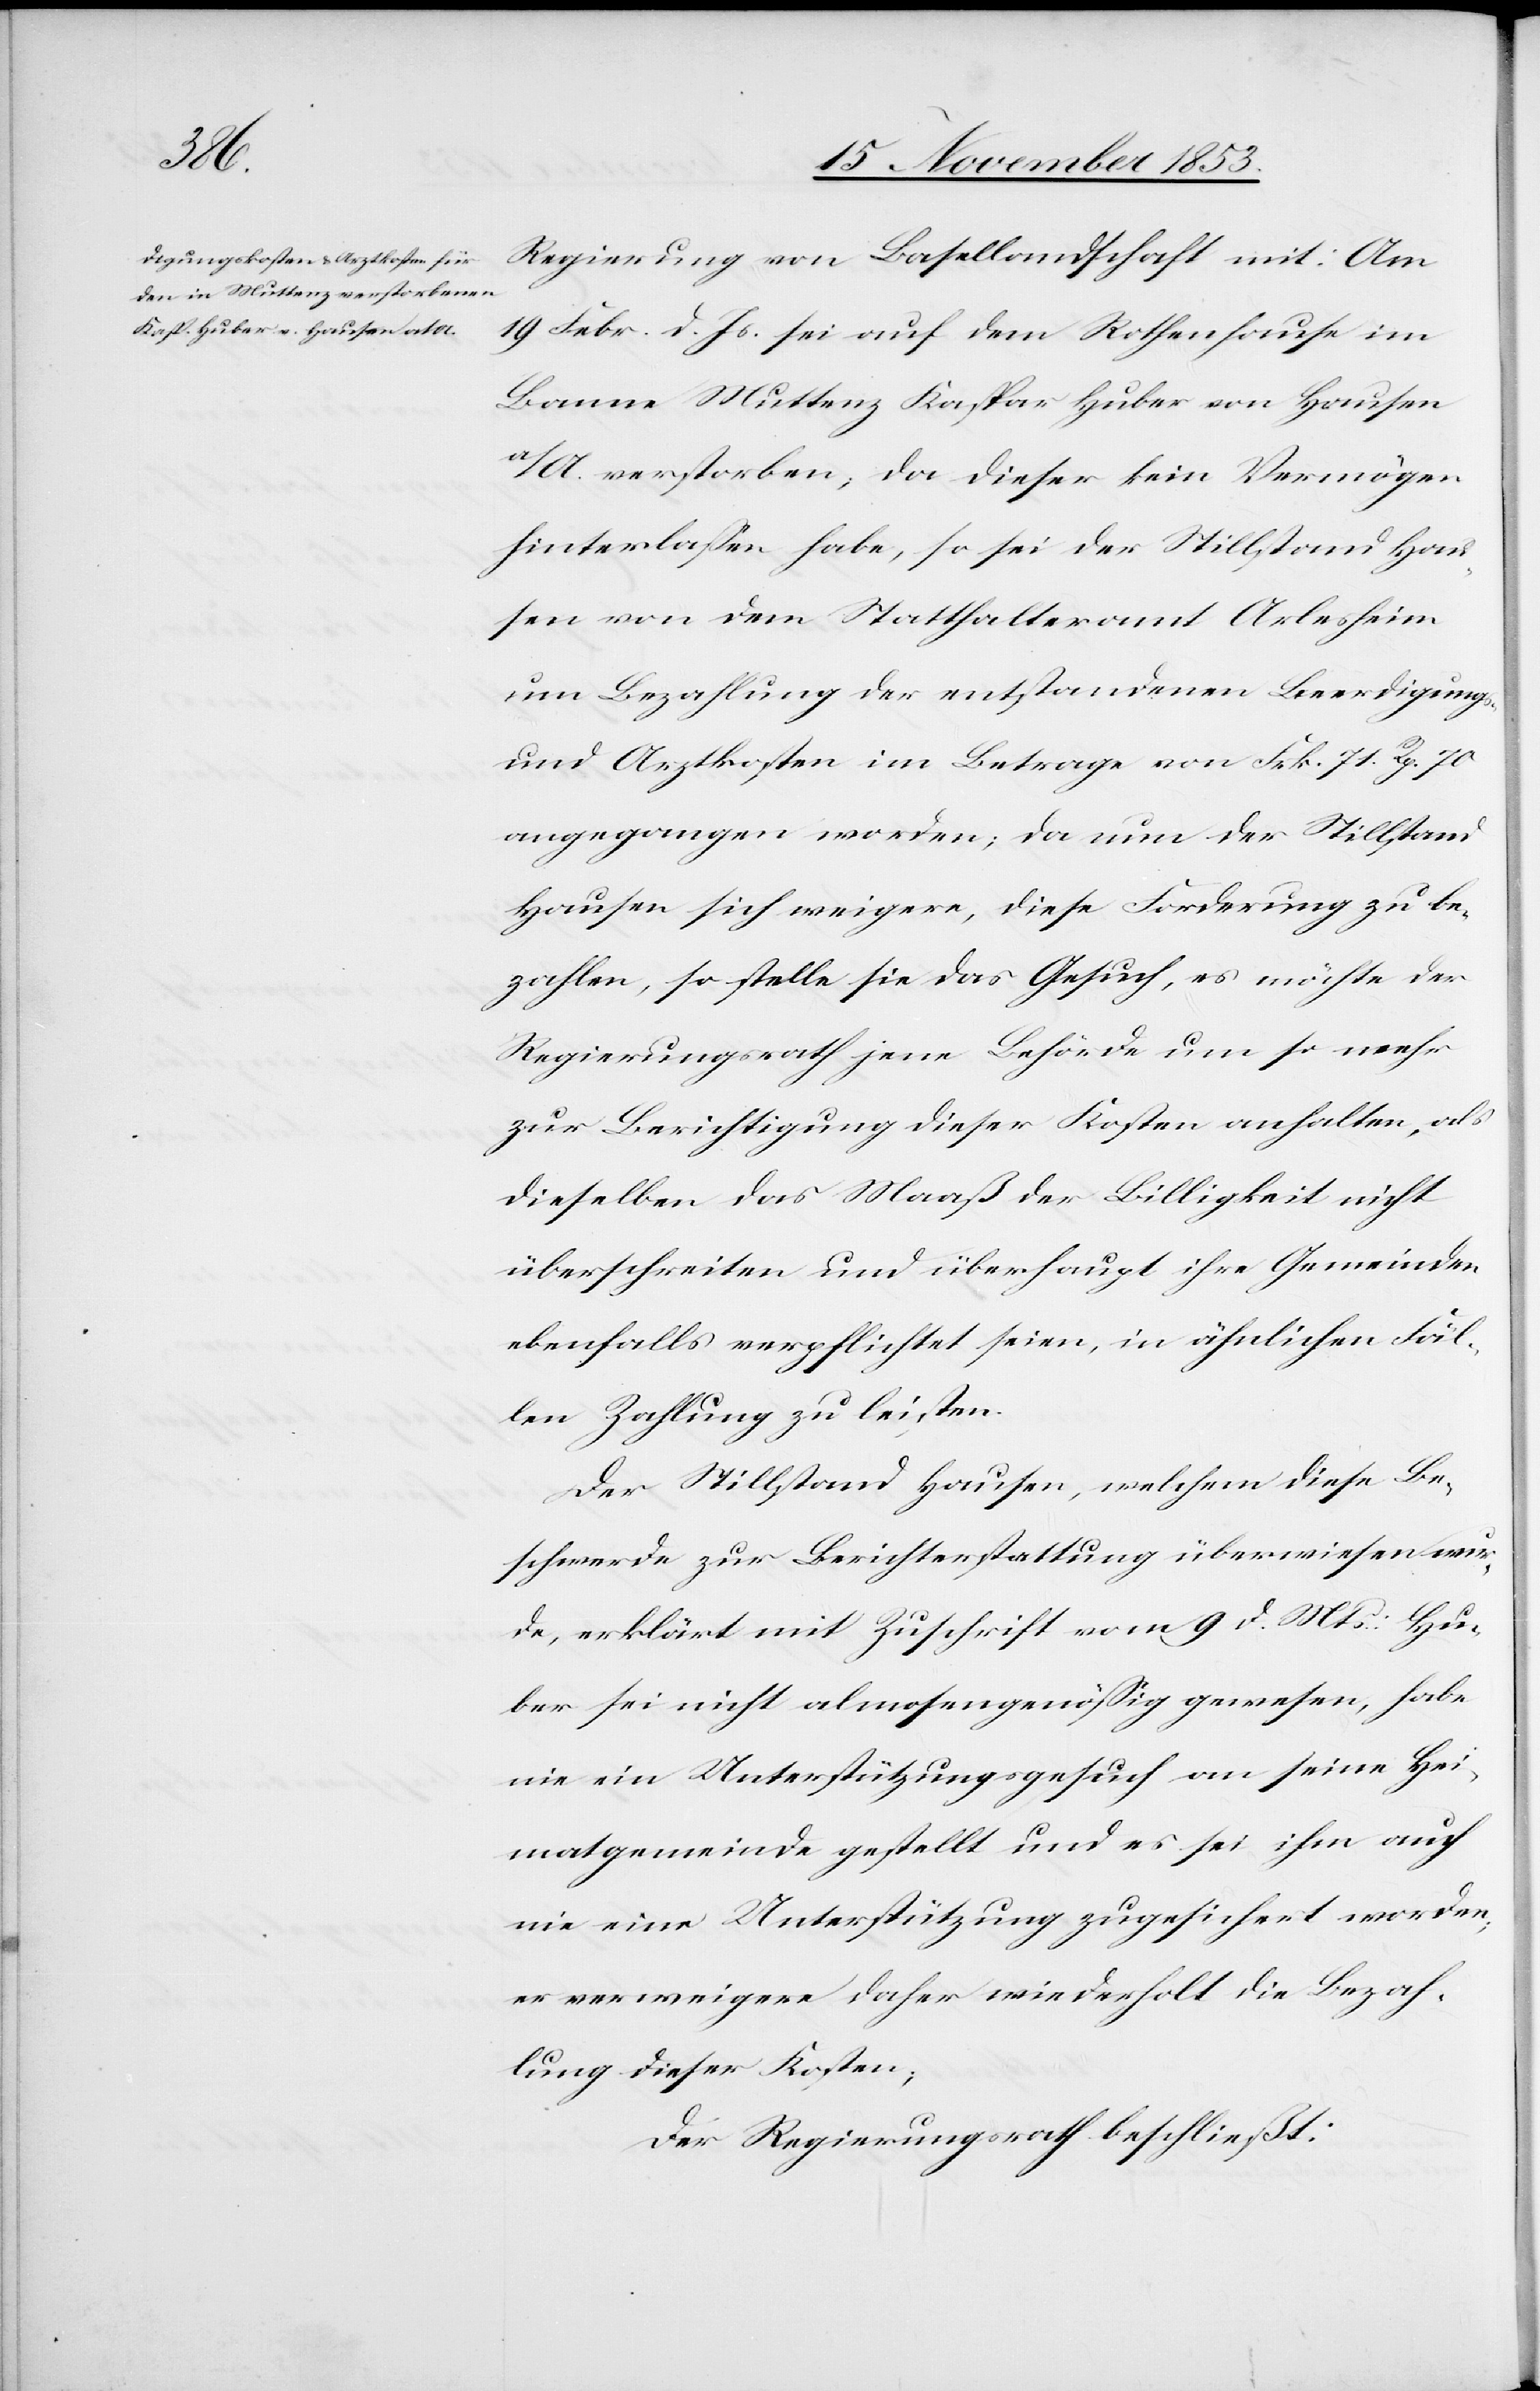
Regierung von Basellandschaft mit: Am
19 Febr. d. Js. sei auf dem Rothenhause im
Banne Muttenz Kaspar Huber von Hausen
a/A. verstorben, da dieser sein Vermögen
hinterlaßen habe, so sei der Stillstand Hau¬
sen von dem Statthalteramt Arlesheim
um Bezahlung der entstandenen Beerdigungs-
und Arztkosten im Betrage von Frk. 71 Rp. 70
angegangen worden, da nun der Stillstand
Hausen sich weigere, diese Forderung zu be¬
zahlen, so stelle sie das Gesuch, es möchte der
Regierungsrath jene Behörde um so mehr
zu Berücksichtigung dieser Kosten anhalten, als
dieselben das Maas der Billigkeit nicht
überschreiten und überhaupt ihre Gemeinden
ebenfalls verpflichtet seien, in ähnlichen Fäl¬
len Zahlung zu leisten.
Der Stillstand Hausen, welchem diese Be¬
schwerde zur Berichterstattung überwiesen wur¬
de, erklärt mit Zuschrift vom 9 d. Mts. Hu¬
ber sei nicht almosengenößig gewesen, habe
nie ein Unterstützungsgesuch an seine Hei¬
matgemeinde gestellt und es sei ihm auch
nie eine Unterstützung zugesichert worden,
er verweigere daher wiederholt die Bezah¬
lung dieser Kosten,
Der Regierungsrath beschließt: